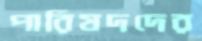
পারিষদদের